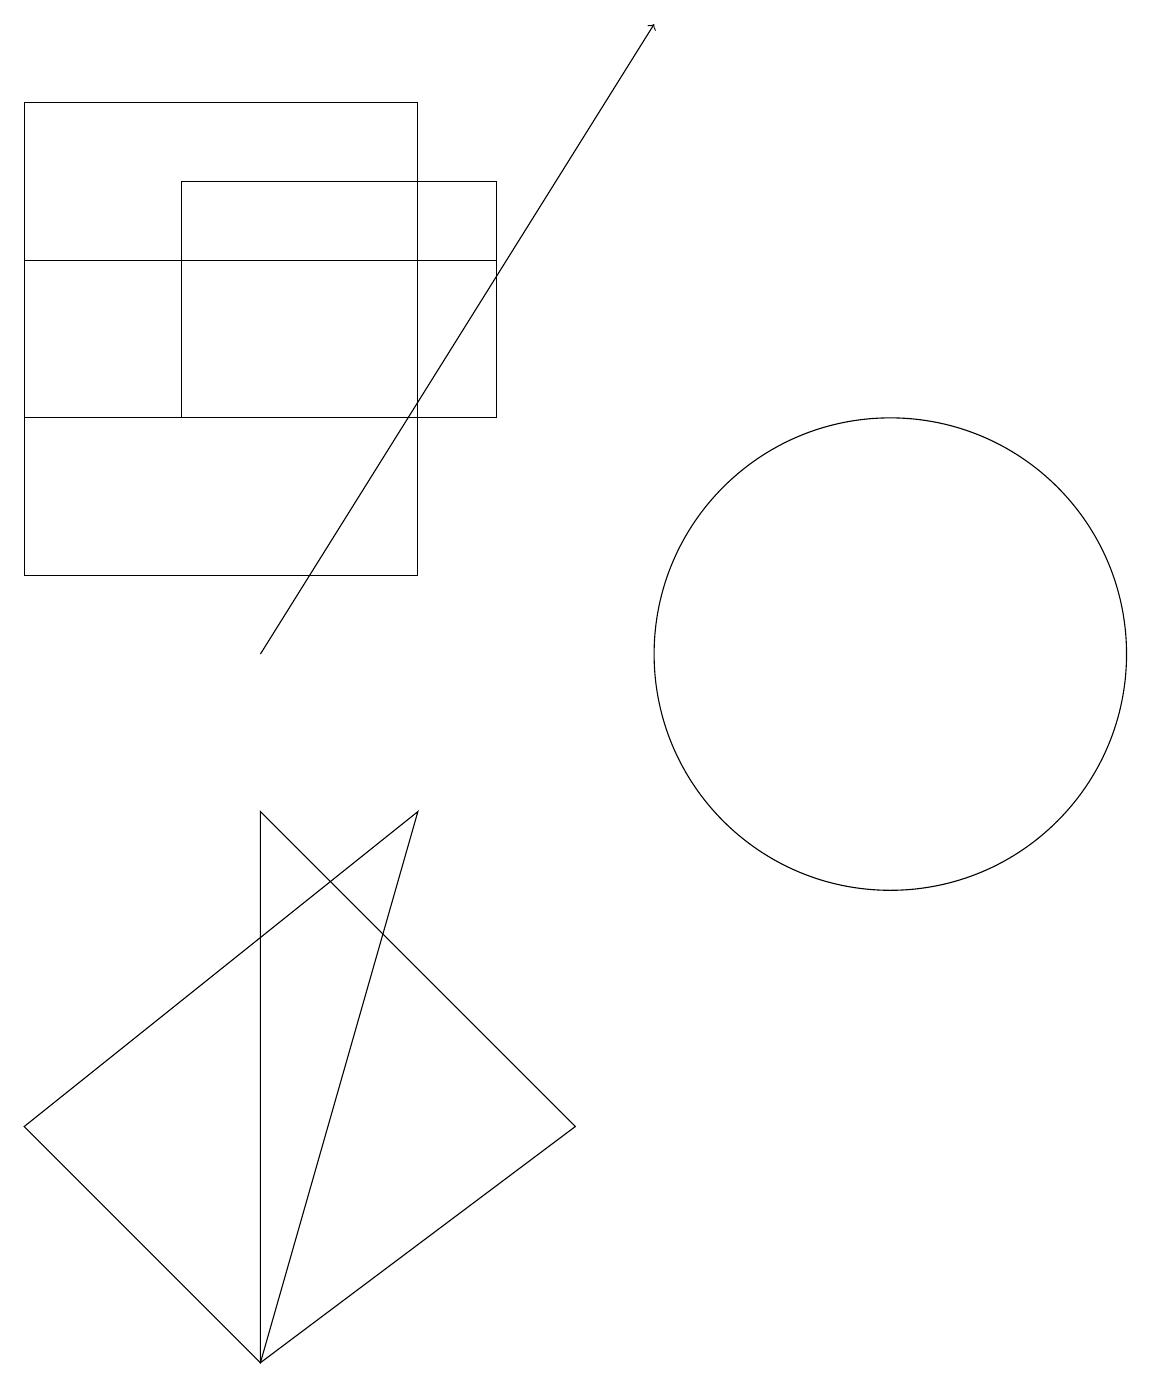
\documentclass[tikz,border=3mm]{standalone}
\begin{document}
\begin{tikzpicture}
\draw (11,10) circle (3);
\draw (5,11) rectangle (0,17);
\draw (2,16) rectangle (6,13);
\draw (5,8) -- (3,1) -- (0,4) -- cycle;
\draw (3,1) -- (7,4) -- (3,8) -- cycle;
\draw[->] (3,10) -- (8,18);
\draw (0,15) rectangle (6,13);
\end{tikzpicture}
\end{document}